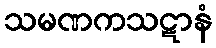
သမဏကသဋာနံ